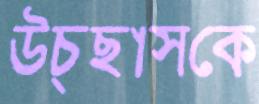
উচ্ছ্বাসকে